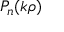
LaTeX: P _ { n } ( k \rho )